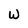
Character: W